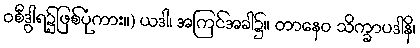
ဝစီဒွါရ၌ဖြစ်ပုံကား။) ယဒါ၊ အကြင်အခါ၌။ တာနေဝ သိက္ခာပဒါနိ၊